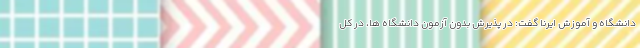
دانشگاه و آموزش ایرنا گفت: در پذیرش بدون آزمون دانشگاه ها، در کل